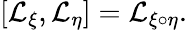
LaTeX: [{\cal L}_{\xi},{\cal L}_{\eta}]={\cal L}_{\xi\circ\eta}.